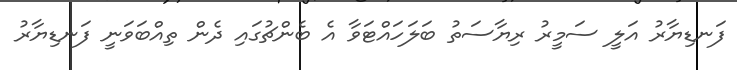
ފަނޑިޔާރު އަލީ ސަމީރު ރިޔާސަތު ބަލަހައްޓަވާ އެ ބެންޗުގައި ދެން ތިއްބަވަނީ ފަނޑިޔާރު